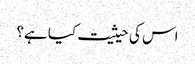
اس کی حیثیت کیا ہے؟